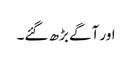
اور آگے بڑھ گئے۔